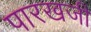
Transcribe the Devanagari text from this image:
पारखजी